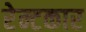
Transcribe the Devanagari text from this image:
रेन्टकार